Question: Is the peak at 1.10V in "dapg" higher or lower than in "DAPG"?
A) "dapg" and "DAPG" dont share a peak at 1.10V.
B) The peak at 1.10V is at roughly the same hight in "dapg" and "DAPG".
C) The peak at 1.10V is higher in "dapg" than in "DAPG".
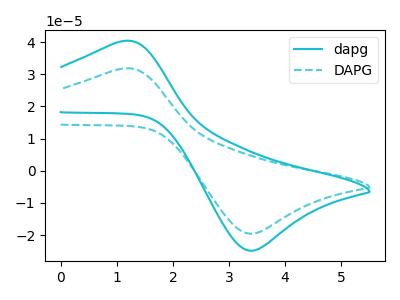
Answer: <think>The cyan curve "dapg" has an anodic peak at (1.10V, 40.35uA) and a cathodic peak at (3.35V, -24.90uA). The cyan dashed curve "DAPG" has an anodic peak at (1.10V, 31.75uA) and a cathodic peak at (3.35V, -19.60uA).</think>
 <answer>C) The peak at 1.10V is higher in "dapg" than in "DAPG".</answer>
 <eval>C</eval>